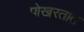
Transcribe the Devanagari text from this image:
पोखरतात